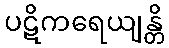
ပဋိကရေယျန္တိ